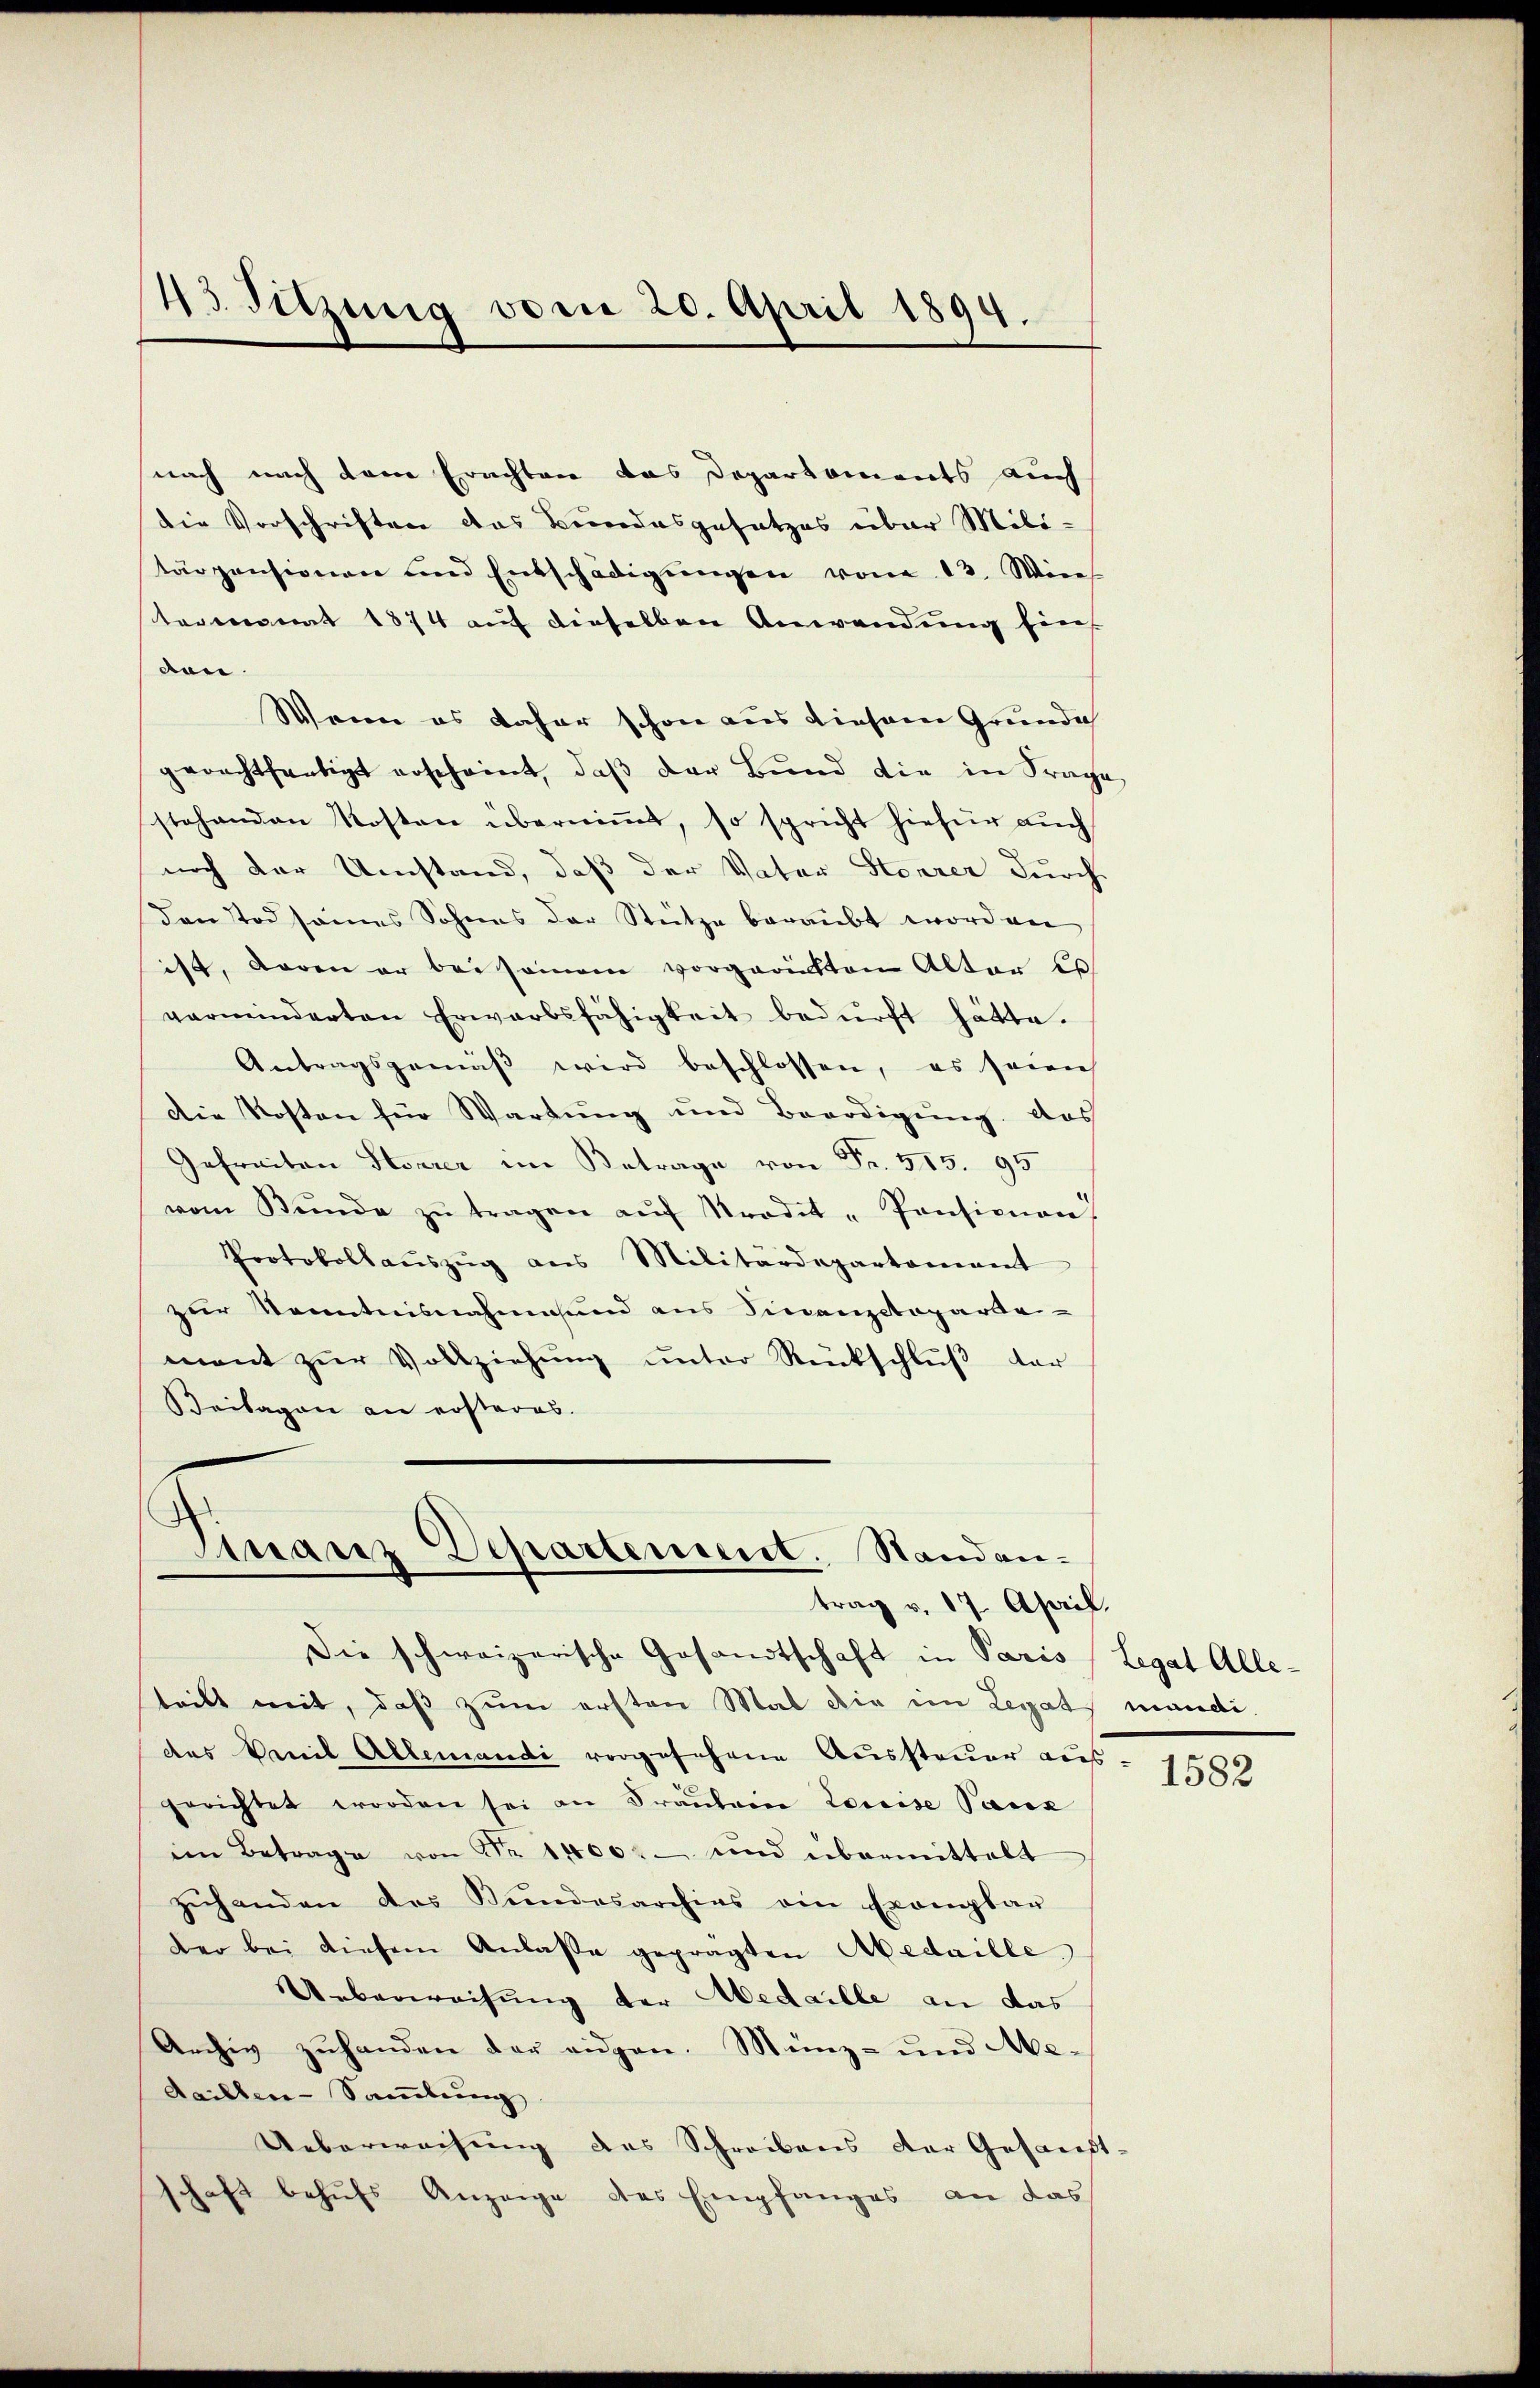
43. Sitzung vom 20. April 1894.

nach nach dem Erachten das Departements auch
die Vorschriften das Bundesgesetzes über Militärpensionen und Entschädigungen von 13. Win
termonat 1874 auf dieselben Anwendung hin
den.
Wenn es daher schon aus diesem Grunde
gerechtfertigt erscheint, daβ der Bund die in Frage
stehenden Kosten überniṁt, so spricht hiefür auch
noch der Umstand, daß der Vater Storrer durch
den Tod sames Sohnes der Stütze beraubt worden
ist, waren er bei seinem vorgerichten Alter es
verminderten Erwarbsfähigkeit bedürft hätte.
Antragsgemäβ wird beschlossen, es seien
Die Kosten für Wartung und Beerdigung. Das
Gefreiten Steurer im Betrage von Fr. 515. 95
vom Bunde zŭ tragen aŭf Srodet-Pensionen,
Protokollaŭszŭg aŭs Militärdepartamant
zur Kenntnisnahmes und aus Finanzctoparde-
mant zŭr Vollziehung unter Rückschlŭβ der
Beilagen an ersteres.

Finanz Departement. Standan-
trag v. 17. April.
Die schweizerische Gesandtschaft in Paris (Legat Alle-

teilt weit, daß zum ersten Mal die im Legats mandides Vanil Allemandi vorgesehene Aussteuer aus - 1880
gerichtet worden sei an Fräŭlein Louise Parz
im Betrage von Nr. 1400. und übermittelt
zŭhanden des Bundesarchias ein Exemplar
der bei diesem Anlasse geprägten Abedaille,
Ueberweisung der Medaille an das
Archiv zuhanden der eidgen. Münz- und Aedailler-Sammlung
Ueberweisung des Schreibens der Gesandt-
schaft behufs Anzeige des Empfanges an das